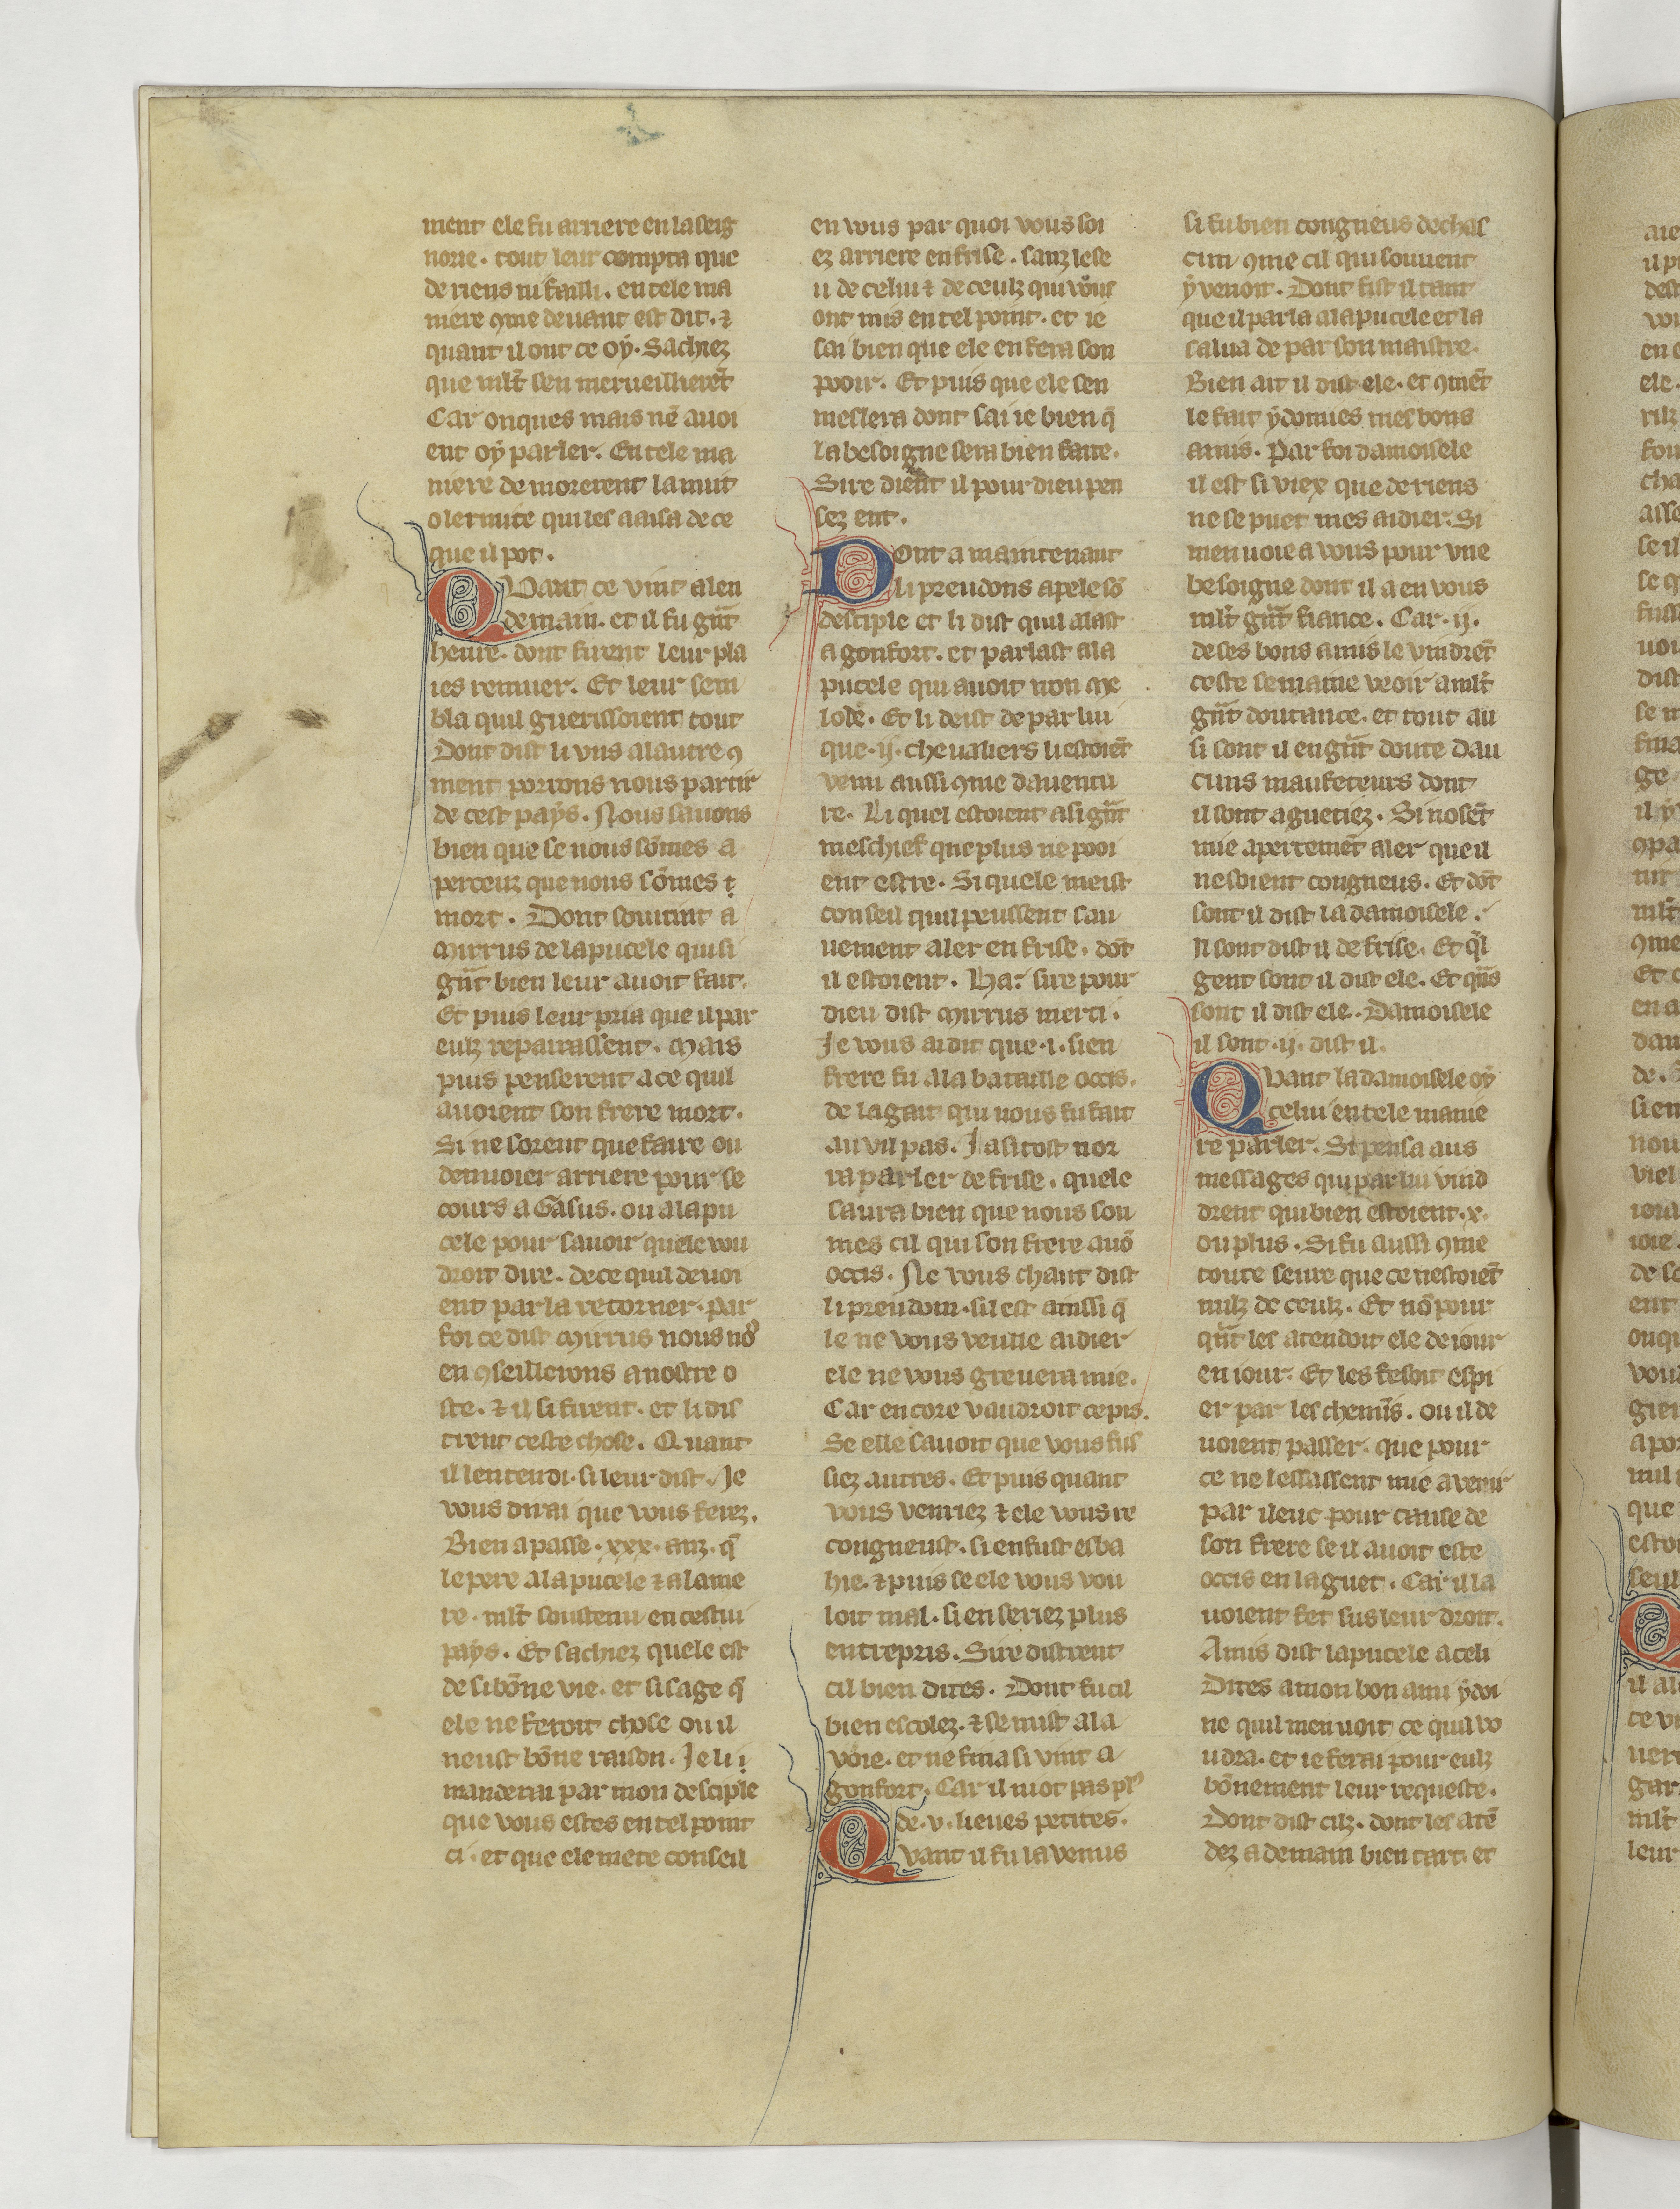
Shelfmark: Paris, BnF, fr. 22549
Century: 14